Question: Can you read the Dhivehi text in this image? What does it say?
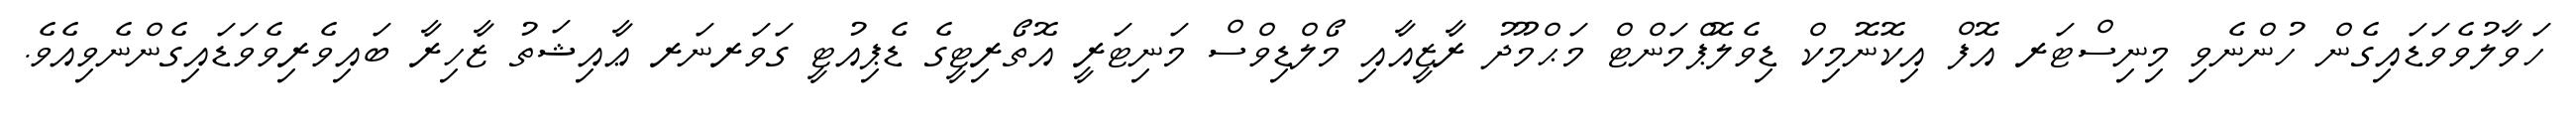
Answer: ހަވާލުވެވަޑައިގެން ހުންނެވި މިނިސްޓަރ އޮފް އިކޮނޮމިކް ޑިވެލޮޕްމަންޓް މަޙްމޫދު ރާޒީއާއި މޯލްޑިވްސް މަނިޓަރީ އޮތޯރިޓީގެ ޑެޕިއުޓީ ގަވަރނަރ ޢާއިޝަތު ޒާހިރާ ބައިވެރިވެވަޑައިގެންނެވިއެވެ.